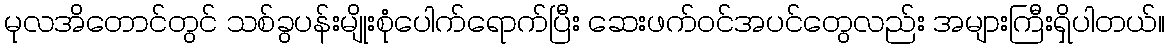
မုလအိတောင်တွင် သစ်ခွပန်းမျိုးစုံပေါက်ရောက်ပြီး ဆေးဖက်ဝင်အပင်တွေလည်း အများကြီးရှိပါတယ်။